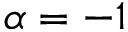
\alpha = - 1